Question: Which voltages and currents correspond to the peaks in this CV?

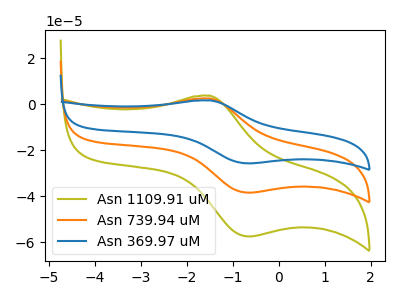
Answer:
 <answer>The olive curve "Asn 1109.91 uM" has an anodic peak at (-1.50V, 4.90uA) and a cathodic peak at (-0.65V, -76.85uA). The orange curve "Asn 739.94 uM" has an anodic peak at (-1.50V, 2.45uA) and a cathodic peak at (-0.65V, -38.40uA). The blue curve "Asn 369.97 uM" has an anodic peak at (-1.50V, 1.65uA) and a cathodic peak at (-0.65V, -25.70uA).</answer>
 <eval></eval>